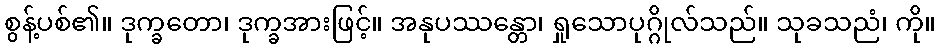
စွန့်ပစ်၏။ ဒုက္ခတော၊ ဒုက္ခအားဖြင့်။ အနုပဿန္တော၊ ရှုသောပုဂ္ဂိုလ်သည်။ သုခသညံ၊ ကို။